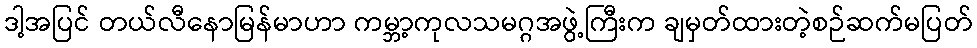
ဒါ့အပြင် တယ်လီနောမြန်မာဟာ ကမ္ဘာ့ကုလသမဂ္ဂအဖွဲ့ကြီးက ချမှတ်ထားတဲ့စဉ်ဆက်မပြတ်